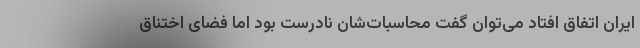
ایران اتفاق افتاد می‌توان گفت محاسبات‌شان نادرست بود اما فضای اختناق